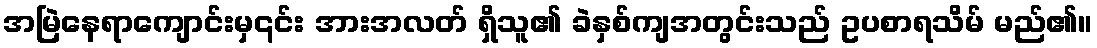
အမြဲနေရာကျောင်းမှ၎င်း အားအလတ် ရှိသူ၏ ခဲနှစ်ကျအတွင်းသည် ဥပစာရသိမ် မည်၏။